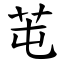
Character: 芚